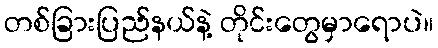
တစ်ခြားပြည်နယ်နဲ့ တိုင်းတွေမှာရောပဲ။